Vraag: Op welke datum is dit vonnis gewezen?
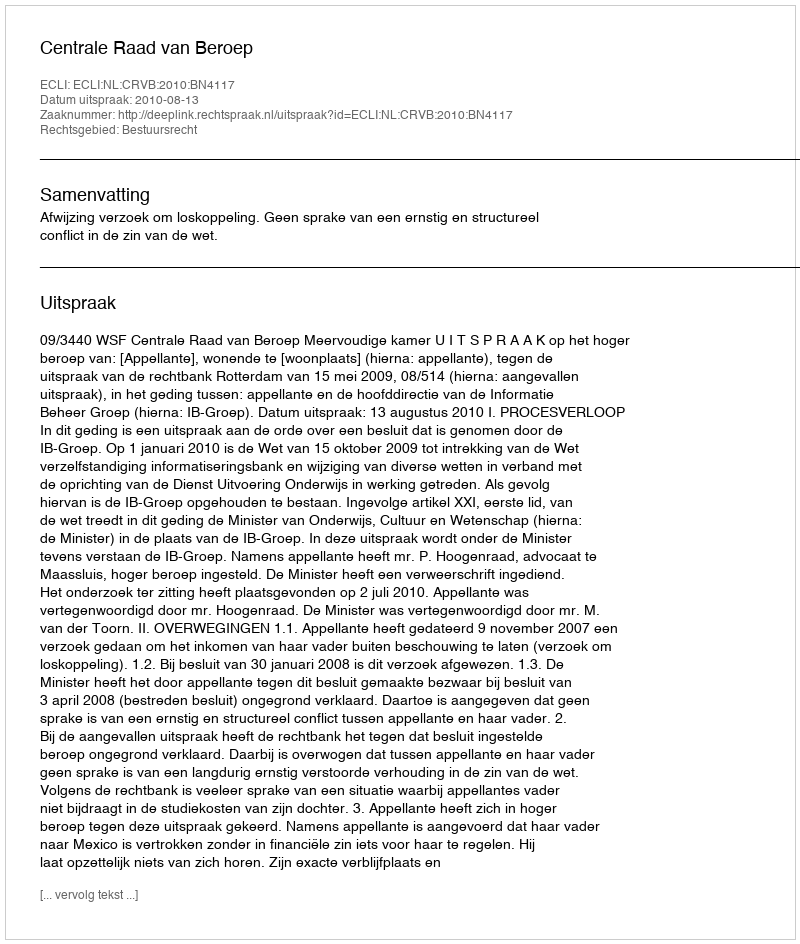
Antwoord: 2010-08-13